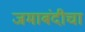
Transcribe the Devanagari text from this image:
जमाबंदीचा